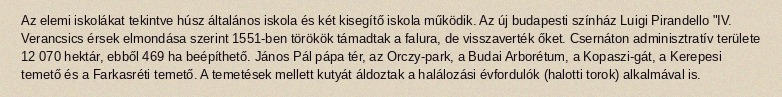
Az elemi iskolákat tekintve húsz általános iskola és két kisegítő iskola működik. Az új budapesti színház Luigi Pirandello "IV. Verancsics érsek elmondása szerint 1551-ben törökök támadtak a falura, de visszaverték őket. Csernáton adminisztratív területe 12 070 hektár, ebből 469 ha beépíthető. János Pál pápa tér, az Orczy-park, a Budai Arborétum, a Kopaszi-gát, a Kerepesi temető és a Farkasréti temető. A temetések mellett kutyát áldoztak a halálozási évfordulók (halotti torok) alkalmával is.